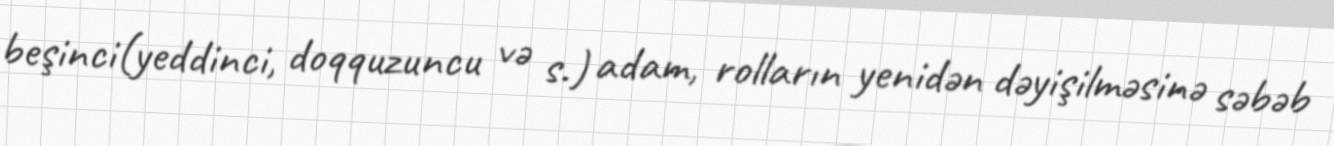
beşinci(yeddinci, doqquzuncu və s.) adam, rolların yenidən dəyişilməsinə səbəb